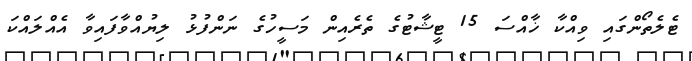
ޓެލެތޯންގައި ވިއްކާ ޚާއްސަ 15 ޓީޝާޓުގެ ތެރެއިން މަސީހުގެ ނަންފުޅު ލިޔުއްވާފައިވާ އެއްލައްކަ